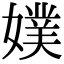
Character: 𡡐